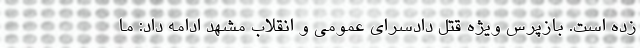
زده است. بازپرس ویژه قتل دادسرای عمومی و انقلاب مشهد ادامه داد: ما